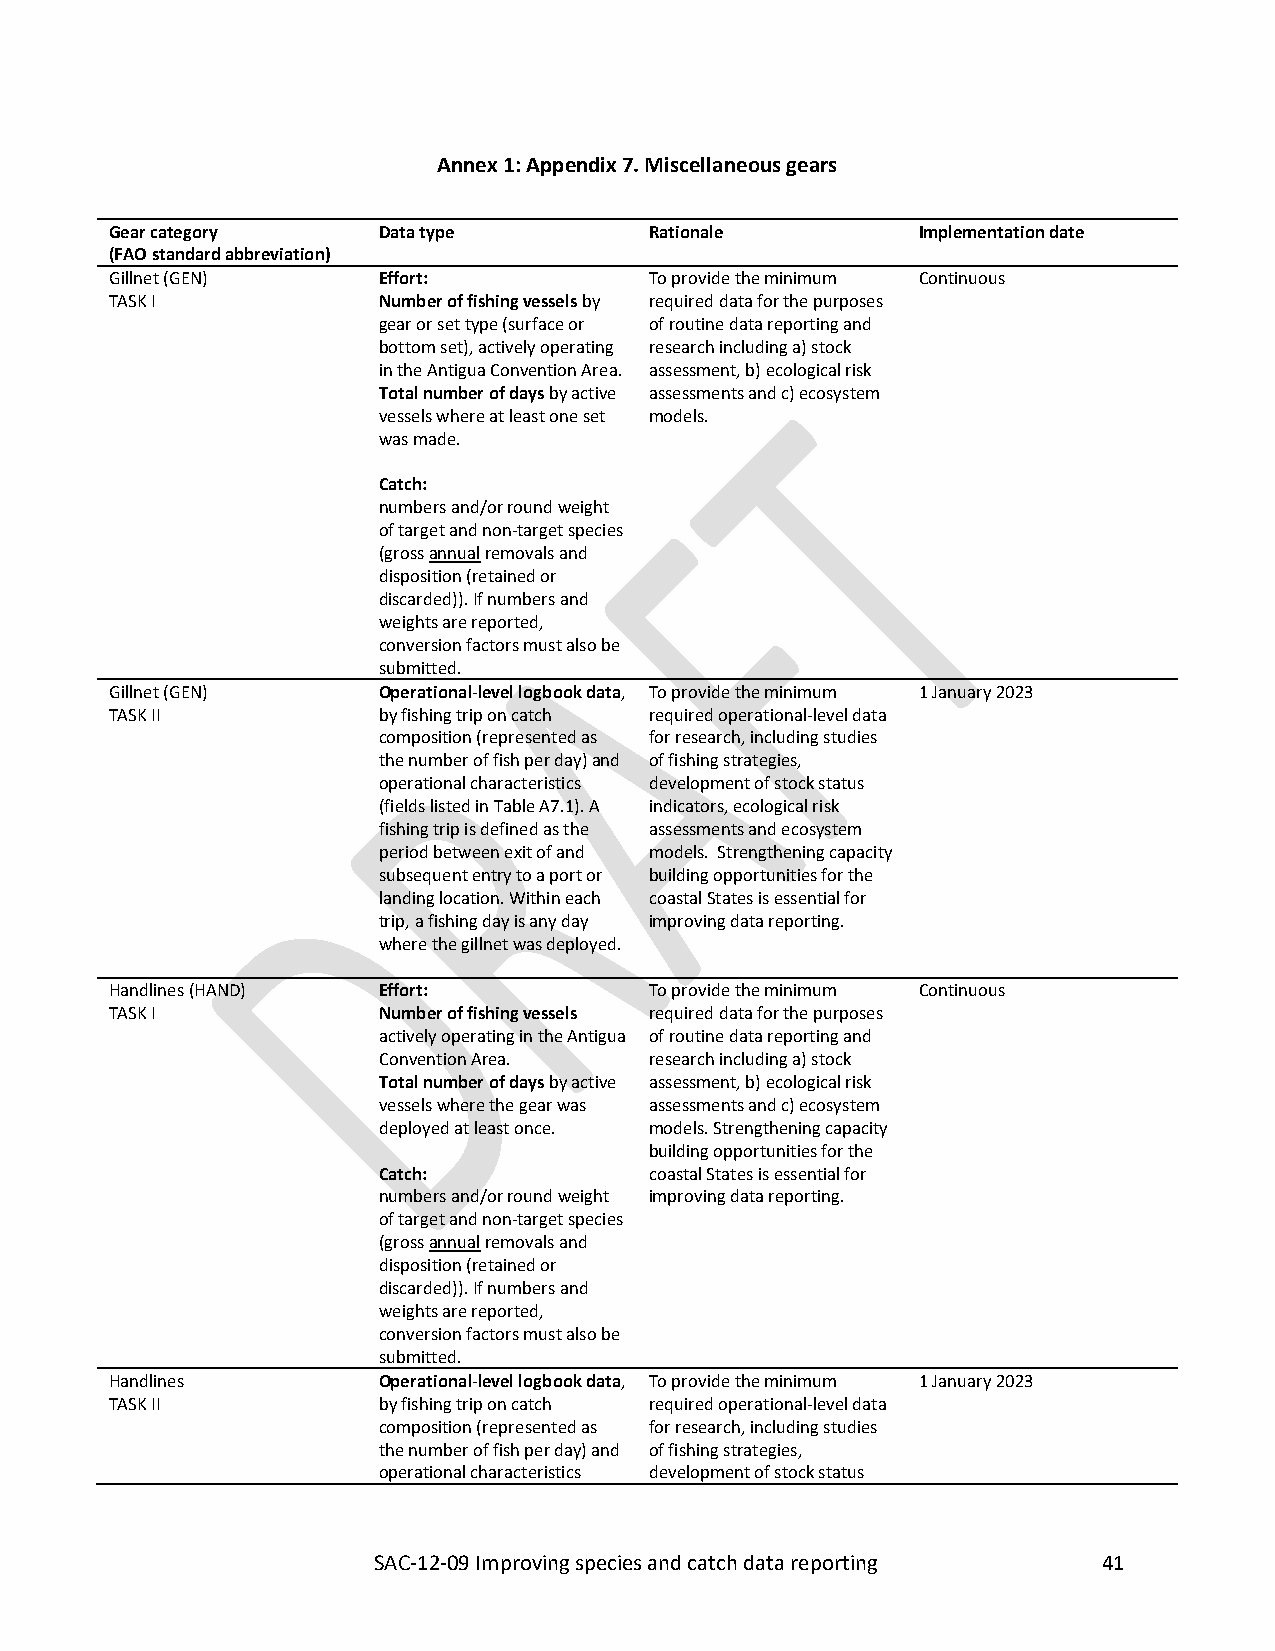
SAC-12-09_Improving species and catch data reporting C-03-05
 Annex 1: Appendix 7. Miscellaneous gears
 Gear category     Data type         Rationale         Implementation date
 (FAO standard abbreviation)
 Gillnet (GEN)     Effort:           To provide the minimum Continuous
 TASK I            Number of fishing vessels by required data for the purposes
 gear or set type (surface or of routine data reporting and
 bottom set), actively operating research including a) stock
 in the Antigua Convention Area. assessment, b) ecological risk
 Total number of days by active assessments and c) ecosystem
 vessels where at least one set models.
 was made.
 Catch:
 numbers and/or round weight
 of target and non-target species
 (gross annual removals and
 disposition (retained or
 discarded)). If numbers and
 weights are reported,
 conversion factors must also be
 submitted.
 Gillnet (GEN)     Operational-level logbook data, To provide the minimum 1 January 2023
 TASK II           by fishing trip on catch required operational-level data
 composition (represented as for research, including studies
 the number of fish per day) and of fishing strategies,
 operational characteristics development of stock status
 (fields listed in Table A7.1). A indicators, ecological risk
 fishing trip is defined as the assessments and ecosystem
 period between exit of and models. Strengthening capacity
 subsequent entry to a port or building opportunities for the
 landing location. Within each coastal States is essential for
 trip, a fishing day is any day improving data reporting.
 where the gillnet was deployed.
 Handlines (HAND)  Effort:           To provide the minimum Continuous
 TASK I            Number of fishing vessels required data for the purposes
 actively operating in the Antigua of routine data reporting and
 Convention Area.  research including a) stock
 Total number of days by active assessment, b) ecological risk
 vessels where the gear was assessments and c) ecosystem
 deployed at least once. models. Strengthening capacity
 building opportunities for the
 Catch:            coastal States is essential for
 numbers and/or round weight improving data reporting.
 of target and non-target species
 (gross annual removals and
 disposition (retained or
 discarded)). If numbers and
 weights are reported,
 conversion factors must also be
 submitted.
 Handlines         Operational-level logbook data, To provide the minimum 1 January 2023
 TASK II           by fishing trip on catch required operational-level data
 composition (represented as for research, including studies
 the number of fish per day) and of fishing strategies,
 operational characteristics development of stock status
 SAC-12-09 Improving species and catch data reporting 41